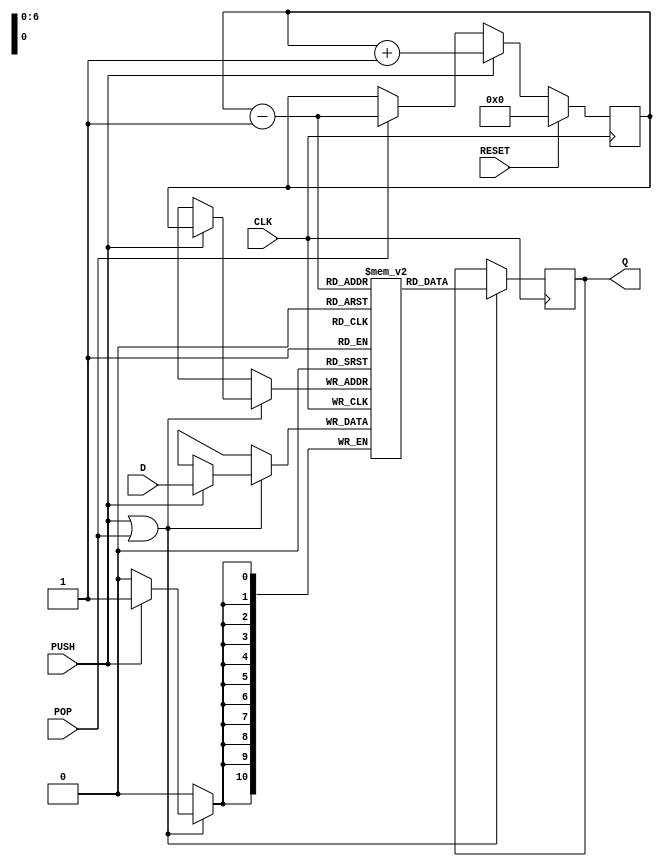
module Stack (
	CLK,
	RESET,
	PUSH,
	POP,
	D,
	Q
);

	parameter WIDTH = 11;
	parameter DEPTH_POW = 7;
	parameter DEPTH = 1 << DEPTH_POW;

	input CLK;
	input RESET;
	input PUSH;
	input POP;
	input [WIDTH - 1:0] D;
	output reg [WIDTH - 1:0] Q;
	reg [DEPTH_POW - 1:0] PTR;
	reg [WIDTH - 1:0] STACK [0:DEPTH - 1];

	always @ (posedge CLK)
		if(RESET)
			PTR <= 0;
		else if(PUSH)
			PTR <= PTR + 1;
		else if(POP)
			PTR <= PTR - 1;

	always @ (posedge CLK)
		if(PUSH || POP)
		begin
			if(PUSH)
			begin
				STACK[PTR] <= D;
			end			
			
			Q <= STACK[PTR - 1];
		end

endmodule